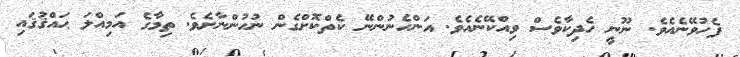
ފެހުވޭނެއެވެ. ނޫނީ ހެދިކާވެސް ވިއްކޭނެއެވެ. އަންހެނުންނޭ ކެތްކޮށްގެން ނުހުންނާށެވެ. ތިމާގެ އަމިއްލަ ޙައްޤުޤައި